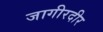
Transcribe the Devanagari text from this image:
जागीरदीर